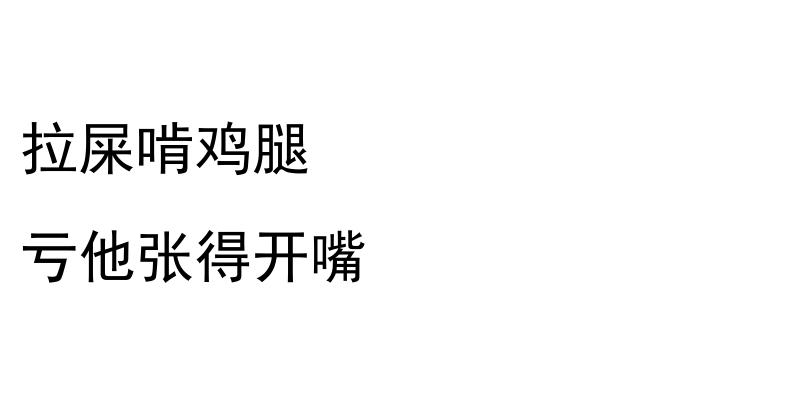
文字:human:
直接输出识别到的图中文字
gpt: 拉屎啃鸡腿 亏他张得开嘴